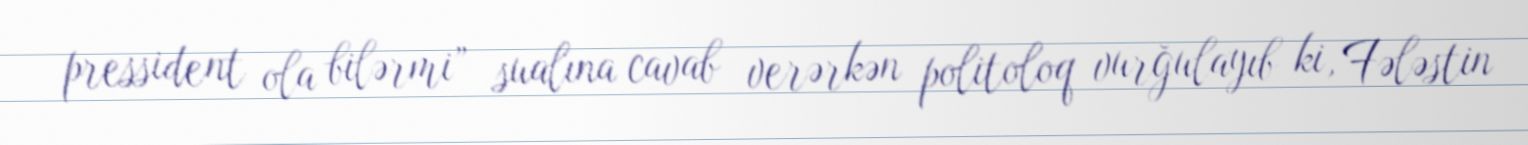
pressident ola bilərmi” sualına cavab verərkən politoloq vurğulayıb ki, Fələstin